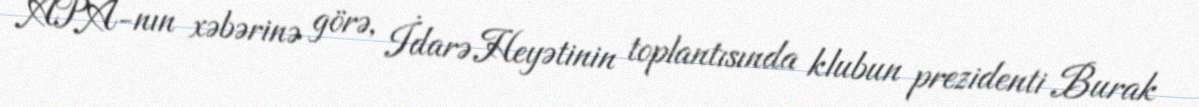
APA-nın xəbərinə görə, İdarə Heyətinin toplantısında klubun prezidenti Burak